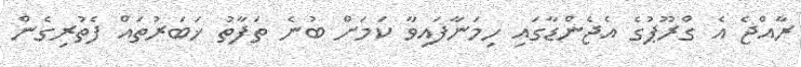
ރާއްޖެ އެ ގްރޫޕުގެ އެޖެންޑާގައި ހިމަނާފައިވާ ކަމަށް ބުނެ ތަފާތު ޚަބަރުތައް ފެތުރިގެން